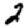
Digit: 2